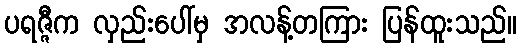
ပရဇ္ဇီက လှည်းပေါ်မှ အလန့်တကြား ပြန်ထူးသည်။